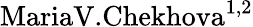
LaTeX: \textrm{MariaV.Chekhova}^{1,2}